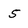
Character: 5